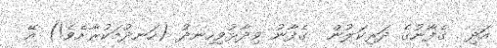
އަދި  ގެފާނުގެ ދަރިކަލުން  ގެފާނު ވިދާޅުވިހިނދު (ހަނދުމަކުރާށެވެ!) އޭ